Report of the Bombay Veterinary College
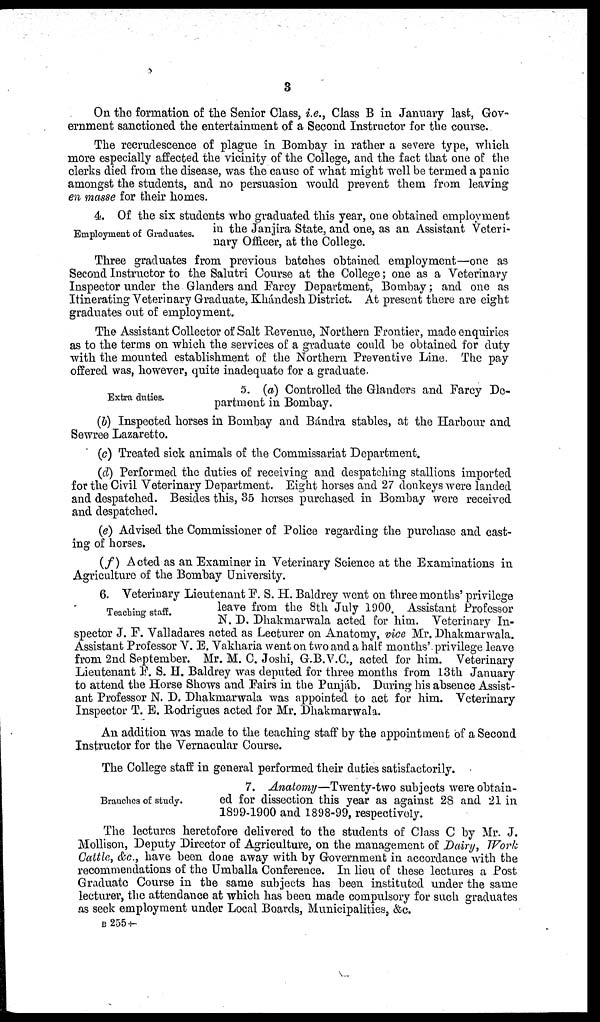
3
On the formation of the Senior Class, i.e., Class B in January last, Gov-
ernment sanctioned the entertainment of a Second Instructor for the course.
The recrudescence of plague in Bombay in rather a severe type, which
more especially affected the vicinity of the College, and the fact that one of the
clerks died from the disease, was the cause of what might well be termed a panic
amongst the students, and no persuasion would prevent them from leaving
en masse for their homes.
Employment of Graduates.
4. Of the six students who graduated this year, one obtained employment
in the Janjira State, and one, as an Assistant Veteri-
nary Officer, at the College.
Three graduates from previous batches obtained employment—one as
Second Instructor to the Salutri Course at the College ; one as a Veterinary
Inspector under the Glanders and Farcy Department, Bombay ; and one as
Itinerating Veterinary Graduate, Khándesh District. At present there are eight
graduates out of employment.
The Assistant Collector of Salt Revenue, Northern Frontier, made enquiries
as to the terms on which the services of a graduate could be obtained for duty
with the mounted establishment of the Northern Preventive Line. The pay
offered was, however, quite inadequate for a graduate.
Extra duties.
5. (a) Controlled the Glanders and Farcy De-
partment in Bombay.
(b) Inspected horses in Bombay and Bándra stables, at the Harbour and
Sewree Lazaretto.
(c) Treated sick animals of the Commissariat Department.
(d) Performed the duties of receiving and despatching stallions imported
for the Civil Veterinary Department. Eight horses and 27 donkeys were landed
and despatched. Besides this, 35 horses purchased in Bombay were received
and despatched.
(e) Advised the Commissioner of Police regarding the purchase and cast-
ing of horses.
(f) Acted as an Examiner in Veterinary Science at the Examinations in
Agriculture of the Bombay University.
Teaching staff.
6. Veterinary Lieutenant F. S. H. Baldrey went on three months' privilege
leave from the 8th July 1900. Assistant Professor
N. D. Dhakmarwala acted for him. Veterinary In-
spector J. F. Valladares acted as Lecturer on Anatomy, vice Mr. Dhakmarwala.
Assistant Professor V. E. Vakharia went on two and a half months' privilege leave
from 2nd September. Mr. M. C. Joshi, G.B.V.C., acted for him. Veterinary
Lieutenant F. S. H. Baldrey was deputed for three months from 13th January
to attend the Horse Shows and Fairs in the Punjáb. During his absence Assist-
ant Professor N. D. Dhakmarwala was appointed to act for him. Veterinary
Inspector T. E. Rodrigues acted for Mr. Dhakmarwala.
An addition was made to the teaching staff by the appointment of a Second
Instructor for the Vernacular Course.
The College staff in general performed their duties satisfactorily.
Branches of study.
7. Anatomy—Twenty-two subjects were obtain-
ed for dissection this year as against 28 and 21 in
1899-1900 and 1898-99, respectively.
The lectures heretofore delivered to the students of Class C by Mr. J.
Mollison, Deputy Director of Agriculture, on the management of Dairy, Work
Cattle, &c., have been done away with by Government in accordance with the
recommendations of the Umballa Conference. In lieu of these lectures a Post
Graduate Course in the same subjects has been instituted under the same
lecturer, the attendance at which has been made compulsory for such graduates
as seek employment under Local Boards, Municipalities, &c.
B 255 †